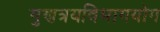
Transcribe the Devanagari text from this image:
गुणत्रयविभागयोग